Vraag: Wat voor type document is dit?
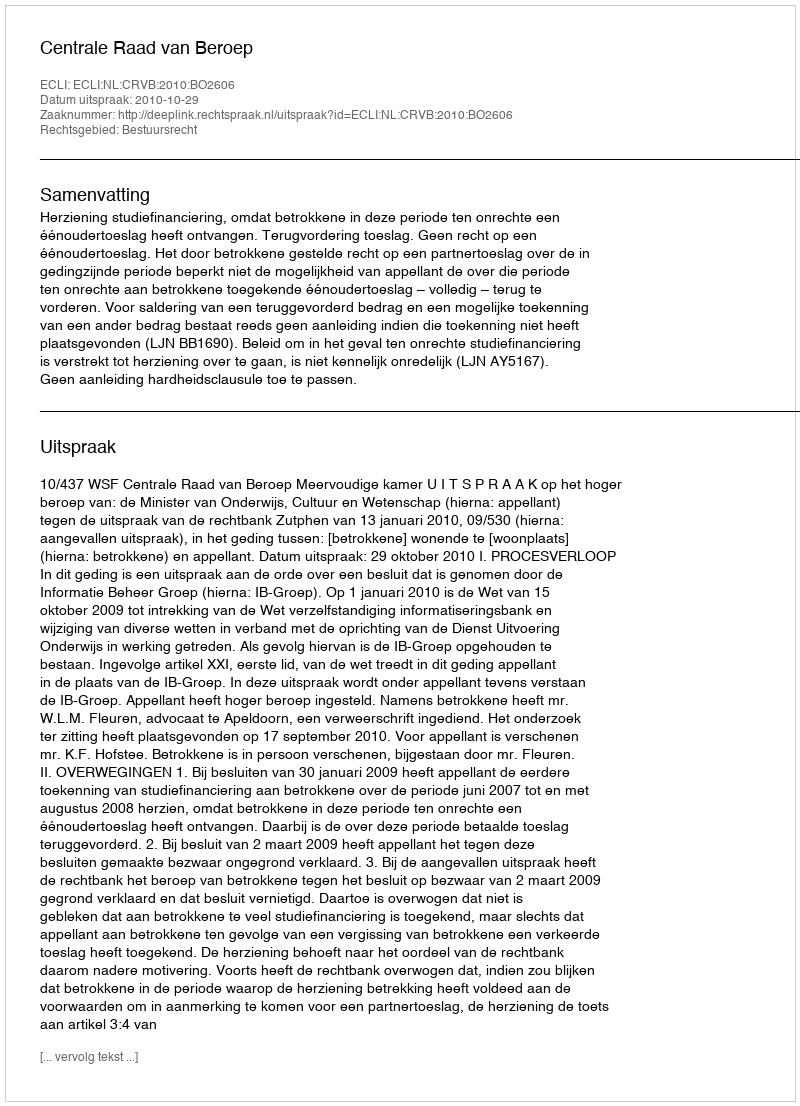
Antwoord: Uitspraak